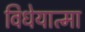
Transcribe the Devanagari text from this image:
विधेयात्मा